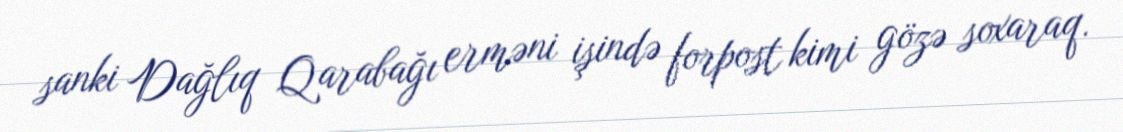
sanki Dağlıq Qarabağı erməni işində forpost kimi gözə soxaraq.